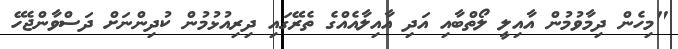
"މިހެން ދިމާވުމުން އާއިލީ ލޯތްބާއި އަދި އާއިލާއެއްގެ ތެރޭގައި ދިރިއުޅުމުން ކުދިންނަށް ދަސްވާންޖެހޭ